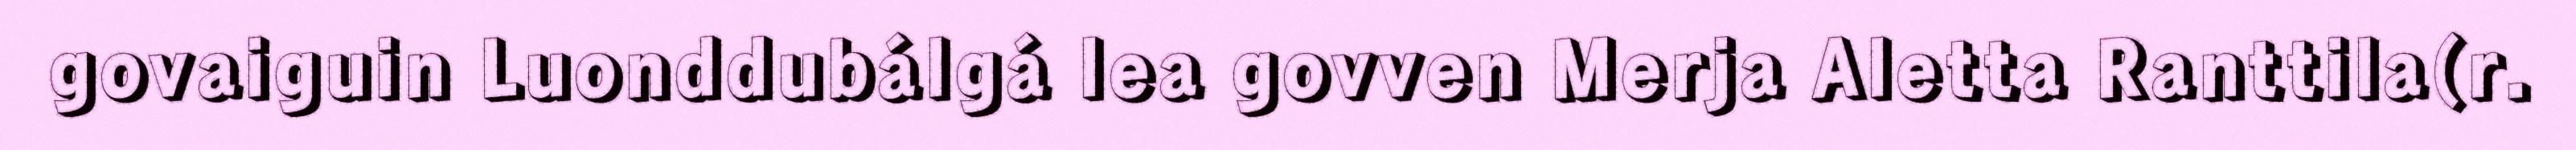
govaiguin Luonddubálgá lea govven Merja Aletta Ranttila(r.